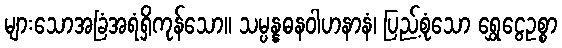
များသောအခြံအရံရှိကုန်သော။ သမ္ပန္နဓနဝါဟနာနံ၊ ပြည့်စုံသော ရွှေငွေဥစ္စာ